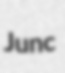
Junc